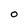
Character: O